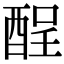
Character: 酲